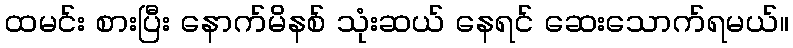
ထမင်း စားပြီး နောက်မိနစ် သုံးဆယ် နေရင် ဆေးသောက်ရမယ်။